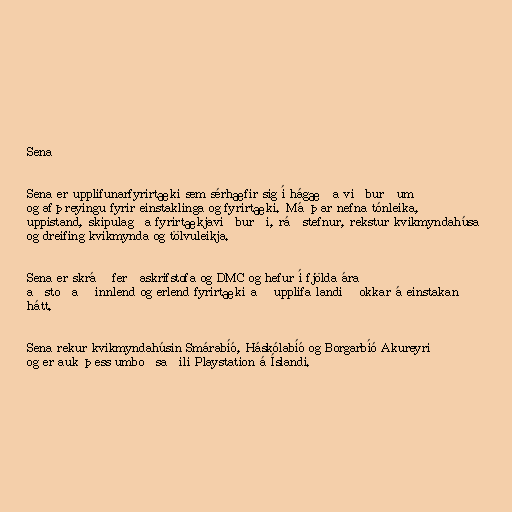
Sena

Sena er upplifunarfyrirtæki sem sérhæfir sig í hágæða viðburðum
og afþreyingu fyrir einstaklinga og fyrirtæki. Má þar nefna tónleika,
uppistand, skipulagða fyrirtækjaviðburði, ráðstefnur, rekstur kvikmyndahúsa
og dreifing kvikmynda og tölvuleikja.

Sena er skráð ferðaskrifstofa og DMC og hefur í fjölda ára
aðstoðað innlend og erlend fyrirtæki að upplifa landið okkar á einstakan
hátt.

Sena rekur kvikmyndahúsin Smárabíó, Háskólabíó og Borgarbíó Akureyri
og er auk þess umboðsaðili Playstation á Íslandi.